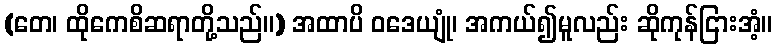
(တေ၊ ထိုကေစိဆရာတို့သည်။) အထာပိ ဝဒေယျုံ၊ အကယ်၍မူလည်း ဆိုကုန်ငြားအံ့။